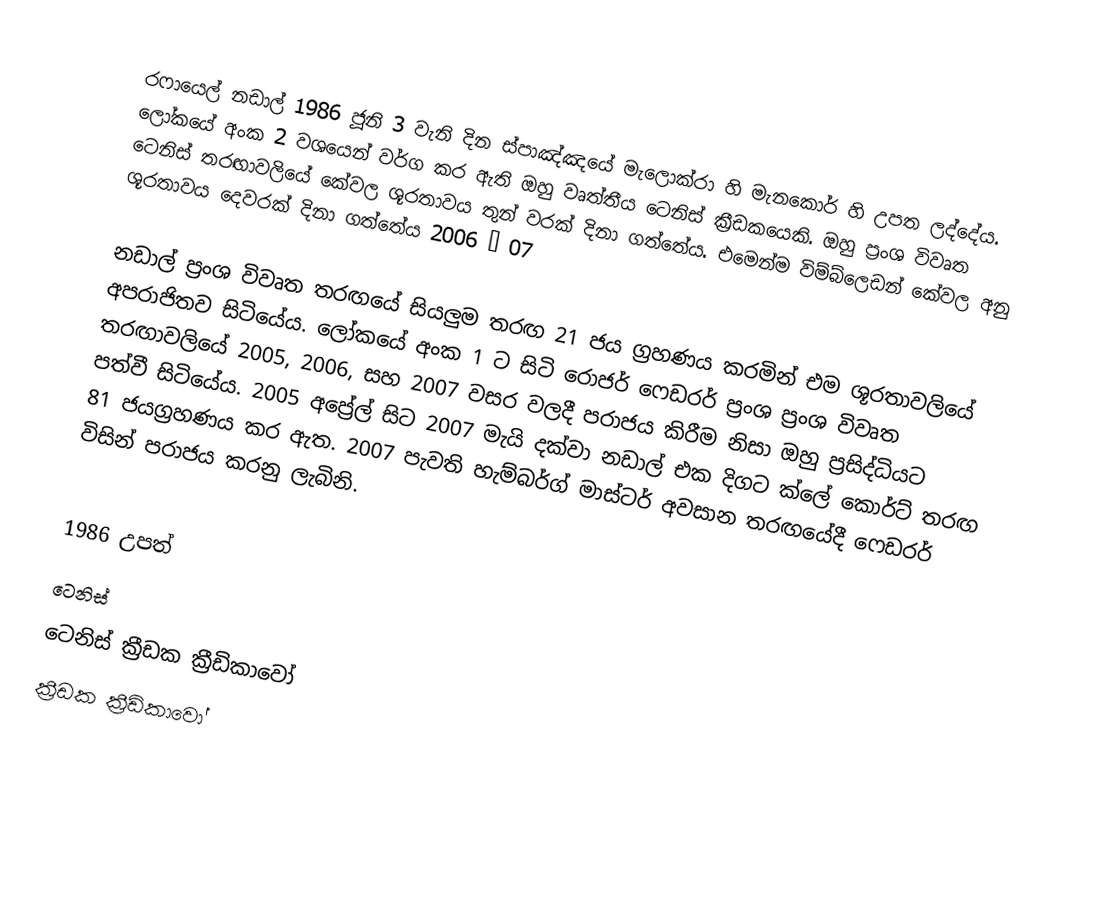
රෆායෙල් නඩාල් 1986 ජූනි 3 වැනි දින ස්පාඤ්ඤයේ මැලොක්රා හි මැනකොර් හි උපත ලද්දේය. ලෝකයේ අංක 2 වශයෙන් වර්ග කර ඇති ඔහු වෘත්තීය ටෙනිස් ක්‍රීඩකයෙකි. ඔහු ප්‍රංශ විවෘත ටෙනිස් තරඟාවලියේ කේවල ශූරතාවය තුන් වරක් දිනා ගත්තේය. එමෙන්ම විම්බ්ලෙඩන් කේවල අනු ශූරතාවය දෙවරක් දිනා ගත්තේය 2006 – 07

නඩාල් ප්‍රංශ විවෘත තරඟයේ සියලුම තරඟ 21 ජය ග්‍රහණය කරමින් එම ශූරතාවලියේ අපරාජිතව සිටියේය. ලෝකයේ අංක 1 ට සිටි රොජර් ෆෙඩරර් ප්‍රංශ ප්‍රංශ විවෘත තරඟාවලියේ 2005, 2006, සහ 2007 වසර වලදී පරාජය කිරීම නිසා ඔහු ප්‍රසිද්ධියට පත්වී සිටියේය. 2005 අප්‍රේල් සිට 2007 මැයි දක්වා නඩාල් එක දිගට ක්ලේ කොර්ට් තරඟ 81 ජයග්‍රහණය කර ඇත. 2007 පැවති හැම්බර්ග් මාස්ටර් අවසාන තරඟයේදී ෆෙඩරර් විසින් පරාජය කරනු ලැබිනි.

1986 උපත්
ටෙනිස්
ටෙනිස් ක්‍රීඩක ක්‍රීඩිකාවෝ
ක්‍රීඩක ක්‍රීඩිකාවෝ